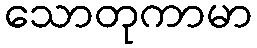
သောတုကာမာ